Lunatic asylums Punjab 1895-1910 - 1895-1910
Year: 1895
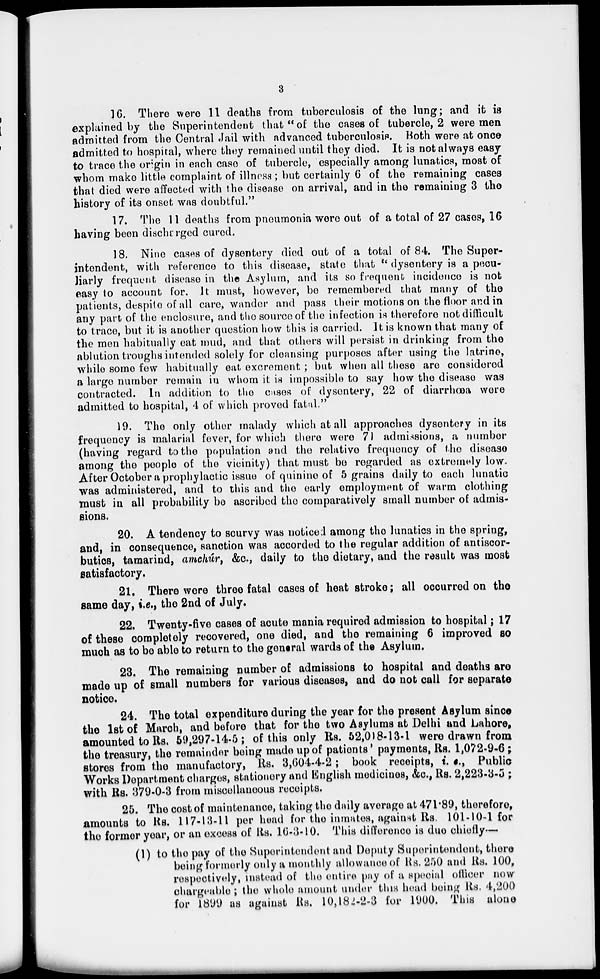
3
16. There were 11 deaths from tuberculosis of the lung; and it is
explained by the Superintendent that "of the cases of tubercle, 2 were men
admitted from the Central Jail with advanced tuberculosis. Both were at once
admitted to hospital, where they remained until they died. It is not always easy
to trace the origin in each case of tubercle, especially among lunatics, most of
whom make little complaint of illness; but certainly 6 of the remaining cases
that died were affected with the disease on arrival, and in the remaining 3 the
history of its onset was doubtful."
17. The 11 deaths from pneumonia were out of a total of 27 cases, 16
having been discharged cured.
18. Nine cases of dysentery died out of a total of 84. The Super-
intendent, with reference to this disease, state that " dysentery is a pecu-
liarly frequent disease in the Asylum, and its so frequent incidence is not
easy to account for. It must, however, be remembered that many of the
patients, despite of all care, wander and pass their motions on the floor and in
any part of the enclosure, and the source of the infection is therefore not difficult
to trace, but it is another question how this is carried. It is known that many of
the men habitually eat mud, and that others will persist in drinking from the
ablution troughs intended solely for cleansing purposes after using the latrine,
while some few habitually eat excrement ; but when all these are considered
a large number remain in whom it is impossible to say how the disease was
contracted. In addition to the cases of dysentery, 22 of diarrhœa were
admitted to hospital, 4 of which proved fatal."
19. The only other malady which at all approaches dysentery in its
frequency is malarial fever, for which there were 71 admissions, a number
(having regard to the population and the relative frequency of the disease
among the people of the vicinity) that must be regarded as extremely low.
After October a prophylactic issue of quinine of 5 grains daily to each lunatic
was administered, and to this and the early employment of warm clothing
must in all probability be ascribed the comparatively small number of admis-
sions.
20. A tendency to scurvy was noticed among the lunatics in the spring,
and, in consequence, sanction was accorded to the regular addition of antiscor-
butics, tamarind, amchúr, &c., daily to the dietary, and the result was most
satisfactory.
21. There were three fatal cases of heat stroke; all occurred on the
same day, i.e., the 2nd of July.
22. Twenty-five cases of acute mania required admission to hospital; 17
of these completely recovered, one died, and the remaining 6 improved so
much as to be able to return to the general wards of the Asylum.
23. The remaining number of admissions to hospital and deaths are
made up of small numbers for various diseases, and do not call for separate
notice.
24. The total expenditure during the year for the present Asylum since
the 1st of March, and before that for the two Asylums at Delhi and Lahore,
amounted to Rs. 59,297-14-5; of this only Rs. 52,0)8-13-1 were drawn from
the treasury, the remainder being made up of patients' payments, Rs. 1,072-9-6;
stores from the manufactory, Rs. 3,604-4-2 ; book receipts, i.e., Public
Works Department charges, stationery and English medicines, &c., Rs. 2,223-3-5 ;
with Rs. 379-0-3 from miscellaneous receipts.
25. The cost of maintenance, taking the daily average at 471.89, therefore,
amounts to Rs. 117-13-11 per head for the inmates, against Rs. 101-10-1 for
the former year, or an excess of Rs. 16-3-10. This difference is due chiefly—
(1) to the pay of the Superintendent and Deputy Superintendent, there
being formerly only a monthly allowance of Rs. 250 and Rs. 100,
respectively, instead of the entire pay of a special officer now
chargeable; the whole amount under this head being Rs. 4,200
for 1899 as against Rs. 10,182-2-3 for 1900. This alone